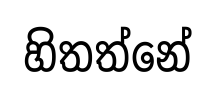
හිතත්නේ